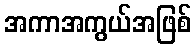
အကာအကွယ်အဖြစ်